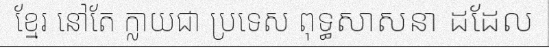
ខ្មែរ នៅតែ ក្លាយជា ប្រទេស ពុទ្ធសាសនា ដដែល